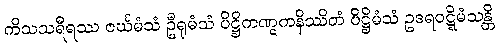
ကိသသရီရဿ ဇင်္ဃမံသံ ဦရုမံသံ ပိဋ္ဌိကဏ္ဋကနိဿိတံ ပိဋ္ဌိမံသံ ဥဒရဝဋ္ဋိမံသန္တိ